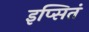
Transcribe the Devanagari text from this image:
इप्सितं